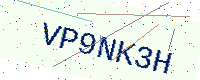
Text: VP9NK3H